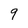
Character: 9